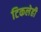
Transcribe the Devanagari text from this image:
टिकलेही